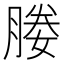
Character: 媵